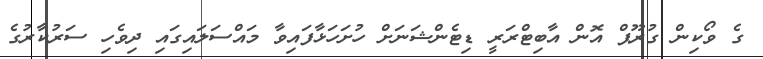
ގެ ވޯކިން ގުރޫޕް އޮން އާބިޓްރަރީ ޑިޓެންޝަނަށް ހުށަހަޅާފައިވާ މައްސަލައިގައި ދިވެހި ސަރުކާރުގެ